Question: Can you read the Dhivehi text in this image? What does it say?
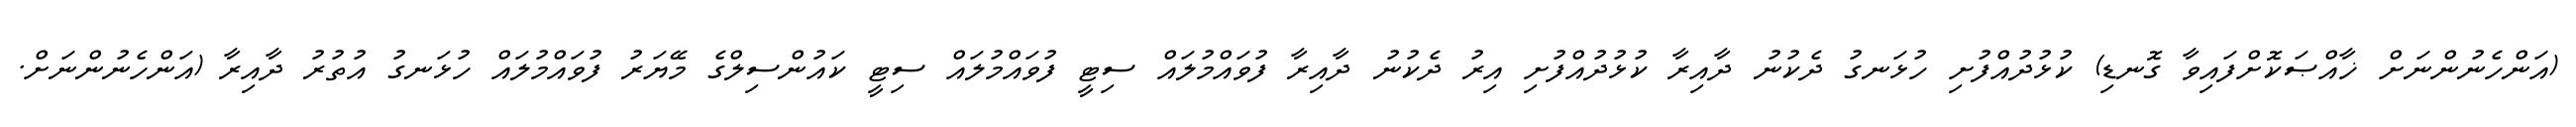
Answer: (އަންހެނުންނަށް ޚާއްޞަކޮށްފައިވާ ގޮނޑި) ކުޅުދުއްފުށި ހުޅަނގު ދެކުނު ދާއިރާ ކުޅުދުއްފުށި އިރު ދެކުނު ދާއިރާ ފުވައްމުލައް ސިޓީ ފުވައްމުލައް ސިޓީ ކައުންސިލްގެ މޭޔަރު ފުވައްމުލައް ހުޅަނގު އުތުރު ދާއިރާ (އަންހެނުންނަށް.